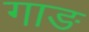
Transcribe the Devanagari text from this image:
गाङ